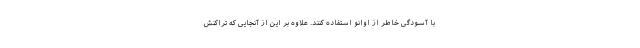
با آسودگی خاطر از اوانو استفاده کنند. علاوه بر این از آنجایی که تراکنش